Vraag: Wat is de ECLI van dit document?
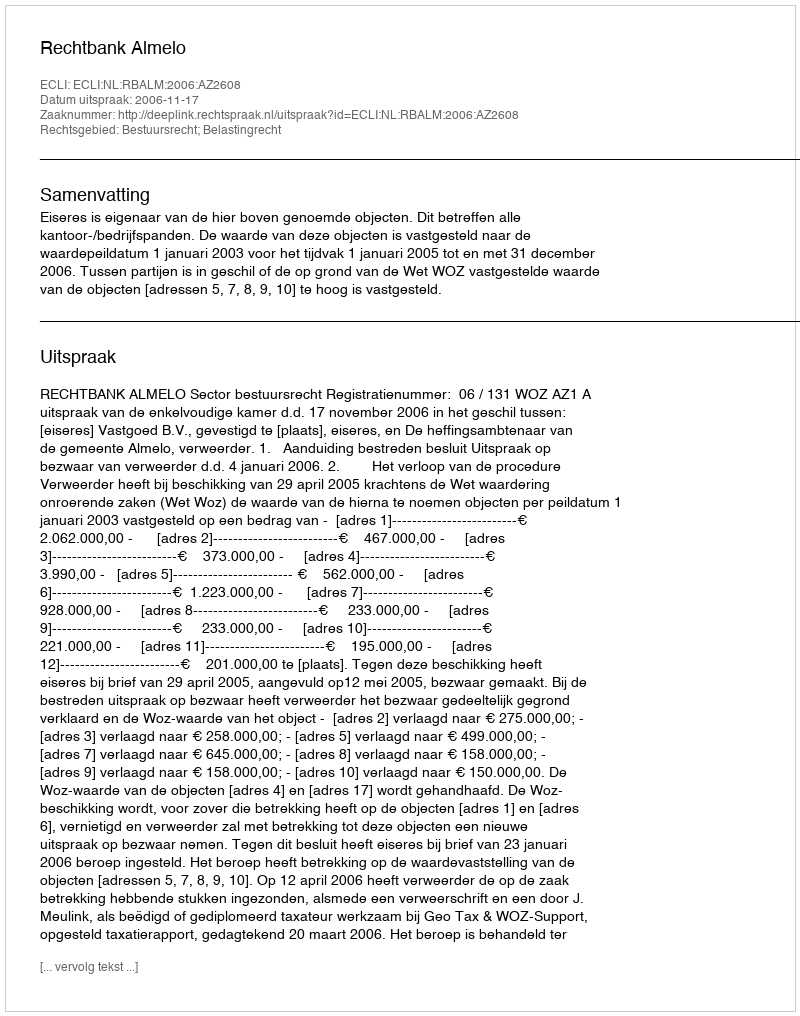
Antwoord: ECLI:NL:RBALM:2006:AZ2608